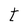
Character: t